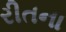
રીતના